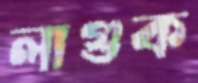
লাগুক